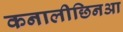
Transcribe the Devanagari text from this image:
कनालीछिनआ